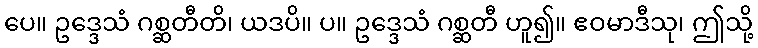
ပေ။ ဥဒ္ဒေသံ ဂစ္ဆတီတိ၊ ယဒပိ။ ပ။ ဥဒ္ဒေသံ ဂစ္ဆတီ ဟူ၍။ ဧဝမာဒီသု၊ ဤသို့